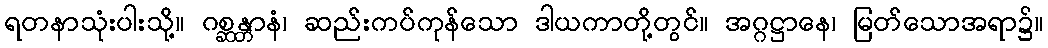
ရတနာသုံးပါးသို့။ ဂစ္ဆန္တာနံ၊ ဆည်းကပ်ကုန်သော ဒါယကာတို့တွင်။ အဂ္ဂဋ္ဌာနေ၊ မြတ်သောအရာ၌။